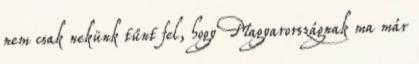
nem csak nekünk tűnt fel, hogy Magyarországnak ma már